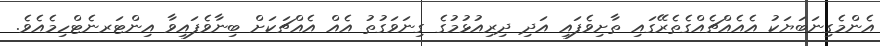
އެންމެގިނަބަޔަކު އެއެއްޗެއްގެތެރޭގައި ތާށިވެފައި އަދި ދިރިއުޅުމުގެ ގިނަވަގުތު އެއް އެއްޗަކަށް ބިނާވެފައިވާ އިންޓަރނެޓްހިމެއެވެ.